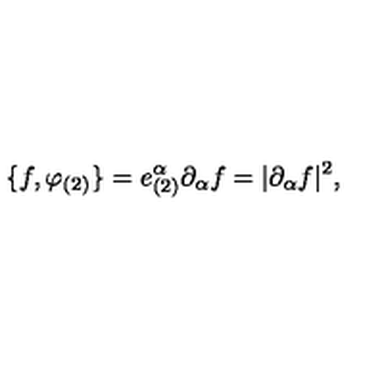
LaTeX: \{ f , \varphi _ { ( 2 ) } \} = e _ { ( 2 ) } ^ { \alpha } \partial _ { \alpha } f = | \partial _ { \alpha } f | ^ { 2 } ,